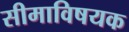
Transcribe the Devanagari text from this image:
सीमाविषयक